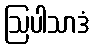
ဩပါသာဒံ